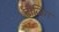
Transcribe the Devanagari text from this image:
टीजिंग